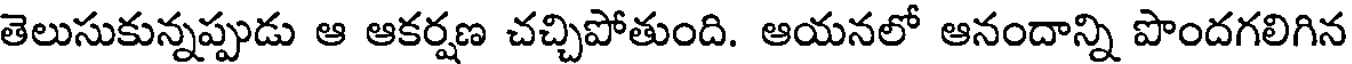
తెలుసుకున్నప్పుడు ఆ ఆకర్షణ చచ్చిపోతుంది. ఆయనలో ఆనందాన్ని పొందగలిగిన